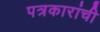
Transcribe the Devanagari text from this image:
पत्रकारांची